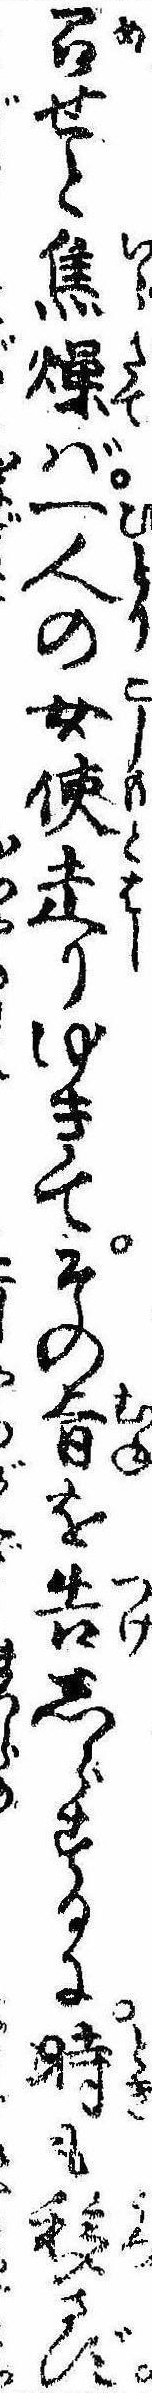
召せと焦燥ば一人の女使走りゆきてその旨を告しらするに時も移さず